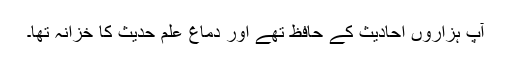
آپ ہزاروں احادیث کے حافظ تھے اور دماغ علمِ حدیث کا خزانہ تھا۔